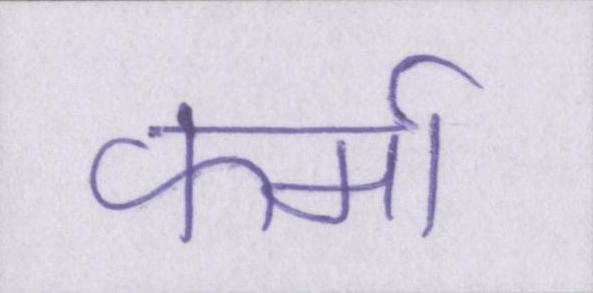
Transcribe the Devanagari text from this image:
फर्मा